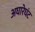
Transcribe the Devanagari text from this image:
अघारेघंट